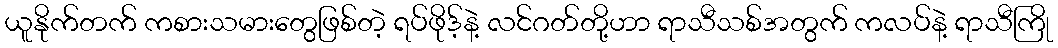
ယူနိုက်တက် ကစားသမားတွေဖြစ်တဲ့ ရပ်ဖိုဒ့်နဲ့ လင်ဂတ်တို့ဟာ ရာသီသစ်အတွက် ကလပ်နဲ့ ရာသီကြို